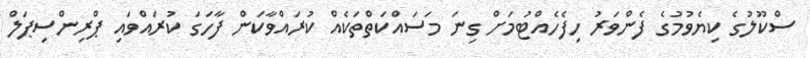
ސްކޫލުގެ ކިޔެވުމުގެ ފެންވަރު ހިފެހެއްޓުމަށް ގިނަ މަސައްކަތްތަކެއް ކުރައްވާކަން ފާހަގަ ކުރައްވައި ޕްރިންސިޕަލް